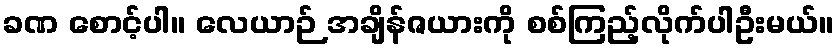
ခဏ စောင့်ပါ။ လေယာဉ် အချိန်ဇယားကို စစ်ကြည့်လိုက်ပါဦးမယ်။